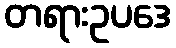
တရားဥပဒေ